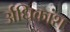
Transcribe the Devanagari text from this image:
र्अधिकांश